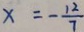
x = - \frac { 1 2 } { 7 }